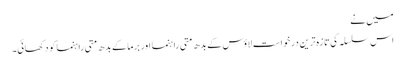
میں نے
اس سلسلہ کی تازہ ترین درخواست لاؤس کے بدھ متی راہنما اور برما کے بدھ متی راہنما کو دکھائی۔